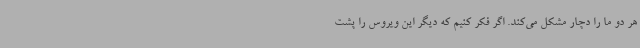
هر دو ما را دچار مشکل می‌کند. اگر فکر کنیم که دیگر این ویروس را پشت